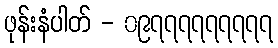
ဖုန်းနံပါတ် - ၀၉၇၇၇၇၇၇၇၇၇